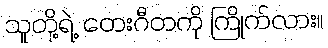
သူတို့ရဲ့ တေးဂီတကို ကြိုက်လား။